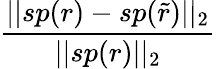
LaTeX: \frac{||sp(r)-sp(\widetilde{r})||_{2}}{||sp(r)||_{2}}